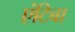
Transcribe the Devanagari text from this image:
एंटिबा